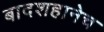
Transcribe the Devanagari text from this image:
बादशहानेच